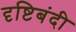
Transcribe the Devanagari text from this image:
दृष्टिबंदी